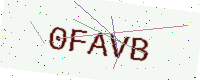
Text: 0FAVB